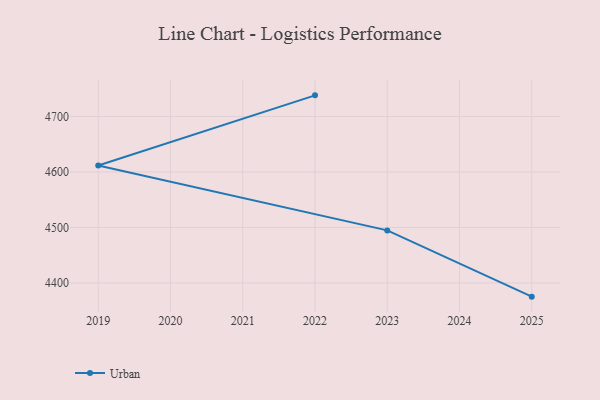
{"axis": {"x": "Year", "y": "Active Users"}, "legend": ["Urban"], "data": [{"x": "2022", "y": 4738.0, "type": "Urban"}, {"x": "2019", "y": 4611.5, "type": "Urban"}, {"x": "2023", "y": 4494.7, "type": "Urban"}, {"x": "2025", "y": 4375.3, "type": "Urban"}]}